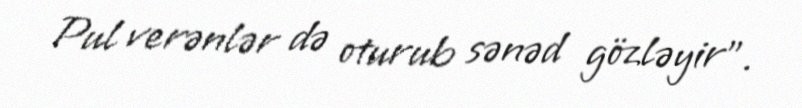
Pul verənlər də oturub sənəd gözləyir".